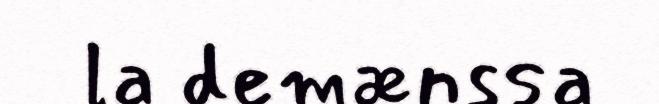
la demænssa